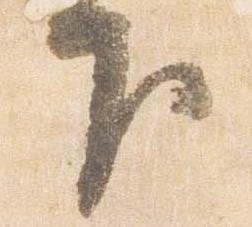
下